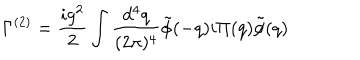
\Gamma ^ { ( 2 ) } = \frac { i g ^ { 2 } } { 2 } \int \frac { d ^ { 4 } q } { ( 2 \pi ) ^ { 4 } } \tilde { \phi } ( - q ) i \Pi ( q ) \tilde { \phi } ( q )